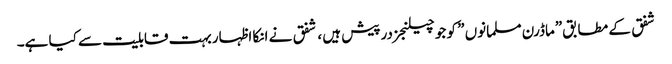
شفق کے مطابق”ماڈرن مسلمانوں ” کو جو چیلنجز درپیش ہیں ، شفق نے انکا اظہار بہت قابلیت سے کیا ہے۔